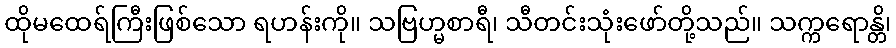
ထိုမထေရ်ကြီးဖြစ်သော ရဟန်းကို။ သဗြဟ္မစာရီ၊ သီတင်းသုံးဖော်တို့သည်။ သက္ကရောန္တိ၊